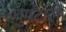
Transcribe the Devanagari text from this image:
घुमटाला